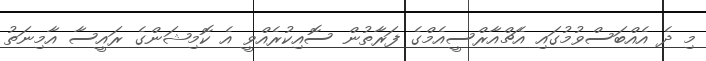
މި ދެ އެއްބަސްވުމުގައި އެޗްއާރްސީއެމްގެ ފަރާތުން ސޮއިކުރެއްވީ އެ ކޮމިޝަންގެ ރައީސާ އާމިނަތު